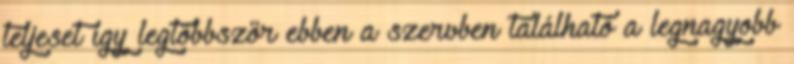
teljeset így legtöbbször ebben a szervben található a legnagyobb